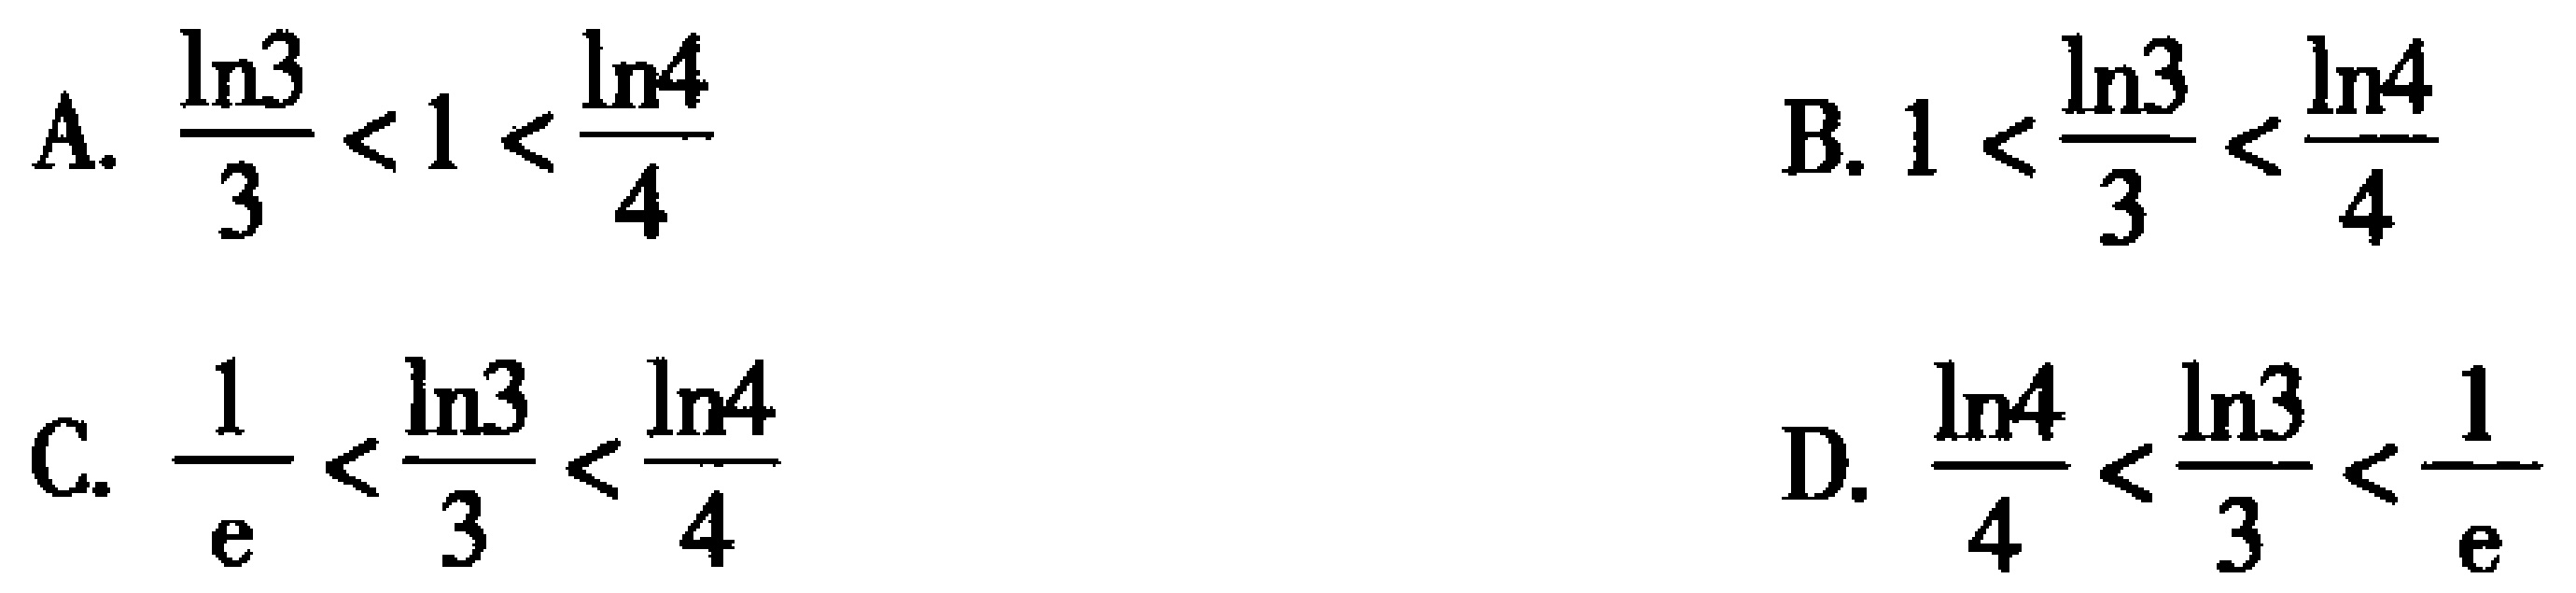
A. \(\frac{\ln3}{3}<1<\frac{\ln4}{4}\)
B. \(1<\frac{\ln3}{3}<\frac{\ln4}{4}\)
C. \(\frac{1}{e}<\frac{\ln3}{3}<\frac{\ln4}{4}\)
D. \(\frac{\ln4}{4}<\frac{\ln3}{3}<\frac{1}{e}\)